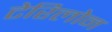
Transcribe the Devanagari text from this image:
टेरिलोन